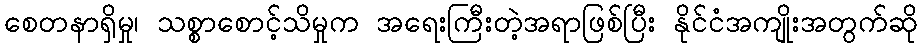
စေတနာရှိမှု၊ သစ္စာစောင့်သိမှုက အရေးကြီးတဲ့အရာဖြစ်ပြီး နိုင်ငံအကျိုးအတွက်ဆို